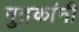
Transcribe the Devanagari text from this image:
मुद्रकांनी